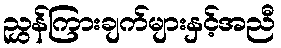
ညွှန်ကြားချက်များနှင့်အညီ